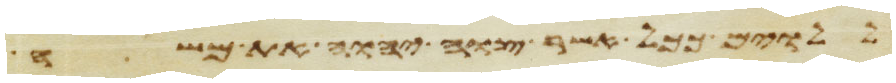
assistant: ללוים ככל אשר צוה יהוה את משה